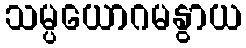
သမ္ပယောဂမနွာယ